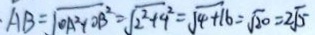
A B = \sqrt { 0 A ^ { 2 } + O B ^ { 2 } } = \sqrt { 2 ^ { 2 } + 9 ^ { 2 } } = \sqrt { 4 + 1 6 } = \sqrt { 2 0 } = 2 \sqrt { 5 }